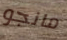
مانجو